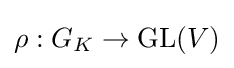
\rho :G_{K}\to {\text{GL}}(V)